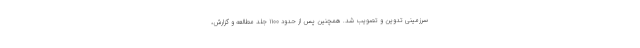
سرزمینی تدوین و تصویب شد. همچنین پس از حدود ۱۱۰۰ جلد مطالعه و گزارش،